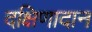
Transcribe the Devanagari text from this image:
दक्षिणादान